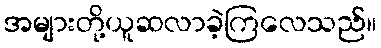
အများတို့ယူဆလာခဲ့ကြလေသည်။